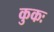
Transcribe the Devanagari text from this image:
कुकः